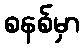
စနစ်မှာ